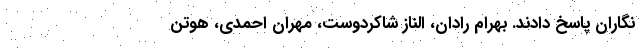
نگاران پاسخ دادند. بهرام رادان، الناز شاکردوست، مهران احمدی، هوتن